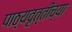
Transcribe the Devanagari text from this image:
पाठ्यवृत्तीच्या